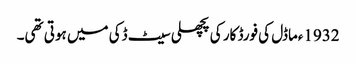
1932ءماڈل کی فورڈ کار کی پچھلی سیٹ ڈکی میں ہوتی تھی۔